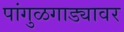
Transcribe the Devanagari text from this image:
पांगुळगाड्यावर